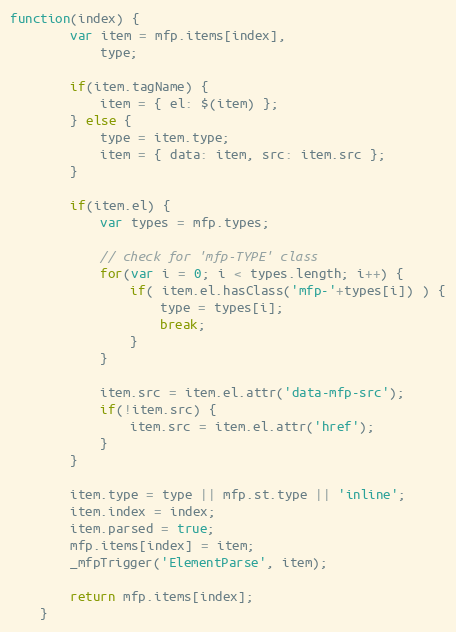
Language: JavaScript
function(index) {
		var item = mfp.items[index],
			type;

		if(item.tagName) {
			item = { el: $(item) };
		} else {
			type = item.type;
			item = { data: item, src: item.src };
		}

		if(item.el) {
			var types = mfp.types;

			// check for 'mfp-TYPE' class
			for(var i = 0; i < types.length; i++) {
				if( item.el.hasClass('mfp-'+types[i]) ) {
					type = types[i];
					break;
				}
			}

			item.src = item.el.attr('data-mfp-src');
			if(!item.src) {
				item.src = item.el.attr('href');
			}
		}

		item.type = type || mfp.st.type || 'inline';
		item.index = index;
		item.parsed = true;
		mfp.items[index] = item;
		_mfpTrigger('ElementParse', item);

		return mfp.items[index];
	}